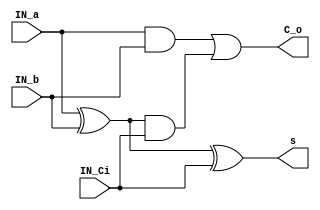
module full_adder
(
	input IN_a, 
	input IN_b,
	input IN_Ci,
	output s, 
	output C_o
);

wire andab,xorab,andcab;

xor u1(xorab,IN_a,IN_b);
and u2(andab,IN_a,IN_b);
and u3(andcab,xorab,IN_Ci);

xor u4(s,xorab,IN_Ci);
or u5(C_o,andab,andcab);

endmodule